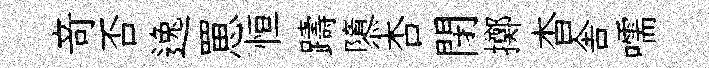
竒否逸罳恒躊隳杏閉擲杳舎嚅